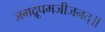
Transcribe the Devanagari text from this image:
जगद्रूपमजीजनत्॥